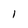
Character: 1